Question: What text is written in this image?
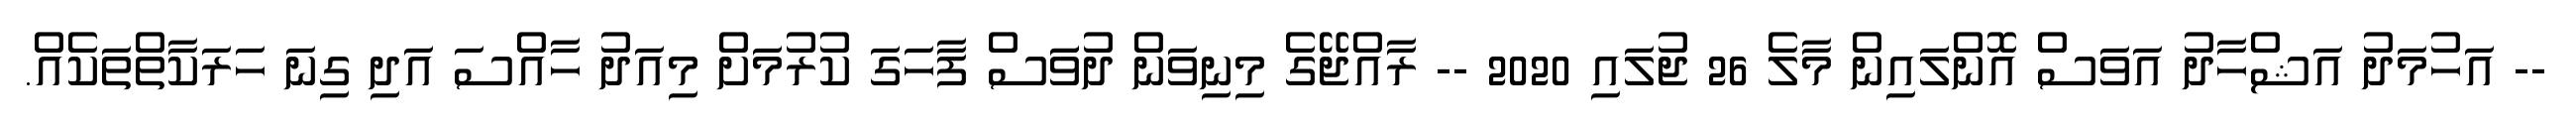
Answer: -- އަހުމަދު އަޝްހާދު އަވަސް އޮންލައިން މާލެ 26 ޖުލައި 2020 -- ރާއްޖޭގެ މިނިވަން ދުވަަސް ފާހަގަ ކުރުމަށް މިއަދު ހާއްސަ އަދި ގިނަ ހަރަކާތްތަކެއް.